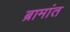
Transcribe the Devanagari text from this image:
ब्रामांत